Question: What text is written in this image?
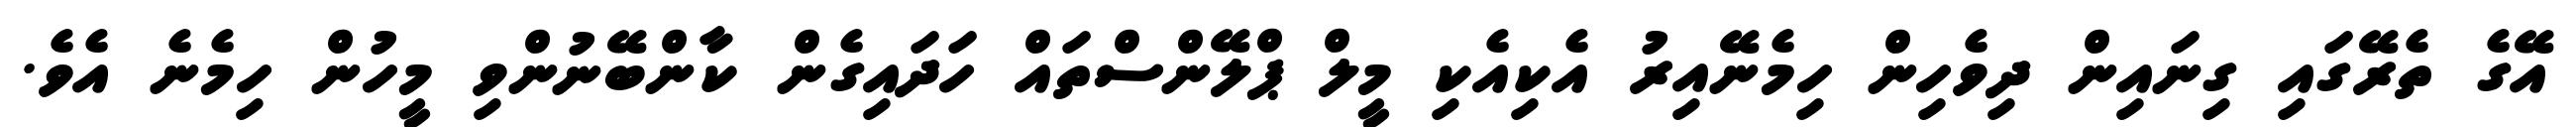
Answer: އޭގެ ތެރޭގައި ގިނައިން ދިވެހިން ހިމެނޭއިރު އެކިއެކި މީލް ޕްލޭންސްތައް ހަދައިގެން ކާންބޭނުންވި މީހުން ހިމެނެ އެވެ.